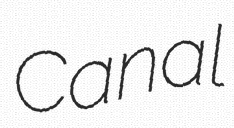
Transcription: Canal